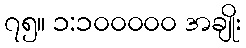
၇၅။ ၁:၁၀၀၀၀၀ အချိုး